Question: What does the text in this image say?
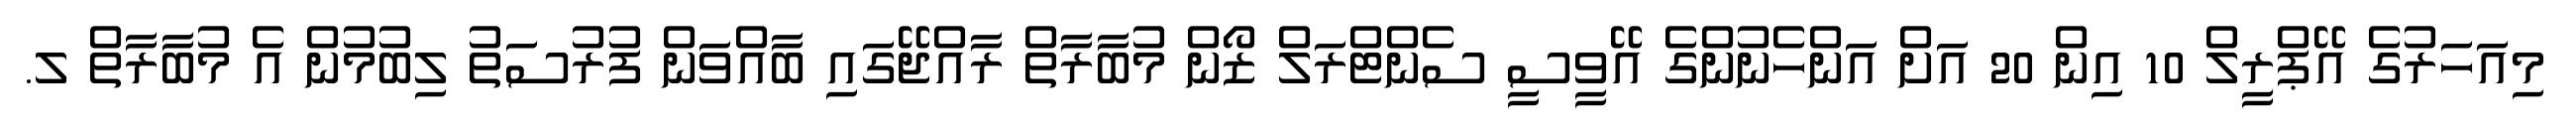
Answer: މިއަހަރުގެ އޭޕްރީލް 10 އިން 20 އަށް އަންހެނުންގެ އޭވީސީ ސެންޓްރަލް ޒޯން މުބާރާތް ރާއްޖޭގައި ބާއްވަން ފުރުސަތު ލިބުމުން އެ މުބާރާތް ލ.